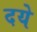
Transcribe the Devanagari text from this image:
दये